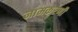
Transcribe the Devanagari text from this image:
नामकरणी